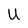
Character: U